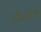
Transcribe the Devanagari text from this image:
जीवनीया